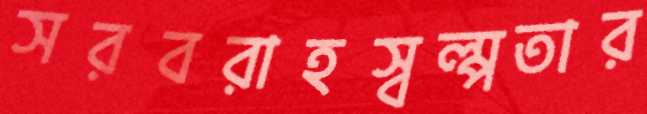
সরবরাহস্বল্পতার